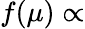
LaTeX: f(\mu)\propto